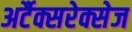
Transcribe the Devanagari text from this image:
अर्टैक्सरेक्सेज